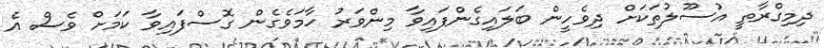
ދިމިގްރާތީ އުސޫލުތަކަށް ދިވެހީން ބަލައިގެންފައިވާ މިންވަރު ހާމަވެގެން ގޮސްފައިވާ ކަމަށް ވެސް އެ